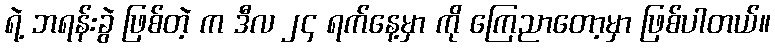
ရဲ့ ဘရန်းခွဲ ဖြစ်တဲ့ က ဒီလ ၂၄ ရက်နေ့မှာ ကို ကြေညာတော့မှာ ဖြစ်ပါတယ်။